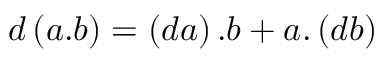
d \left( a . b \right) = \left( d a \right) . b + a . \left( d b \right)